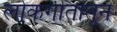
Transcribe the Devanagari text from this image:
लोकगीतांतून